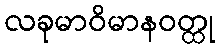
လခုမာဝိမာနဝတ္ထု